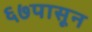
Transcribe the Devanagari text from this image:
६७पासून